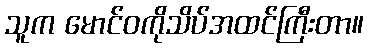
သူက မောင်ဝကိုသိပ်အထင်ကြီးတာ။